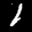
Label: 1